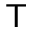
\mathsf { T }